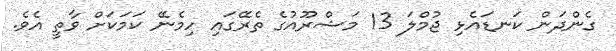
ގެންދަން ކަނޑައެޅި ޖުމްލަ 13 މަޝްރޫއުގެ ތެރޭގައި ހިމެނޭ ކަމަކަށް ވާތީ އެވެ.